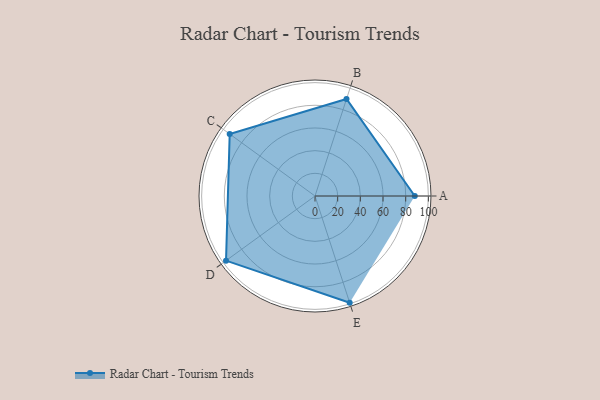
{"axis": {"x": "Skill", "y": "Score"}, "legend": ["Profile"], "data": [{"x": "A", "y": 88.0, "type": "Profile"}, {"x": "B", "y": 90.0, "type": "Profile"}, {"x": "C", "y": 93.0, "type": "Profile"}, {"x": "D", "y": 97.0, "type": "Profile"}, {"x": "E", "y": 99, "type": "Profile"}]}